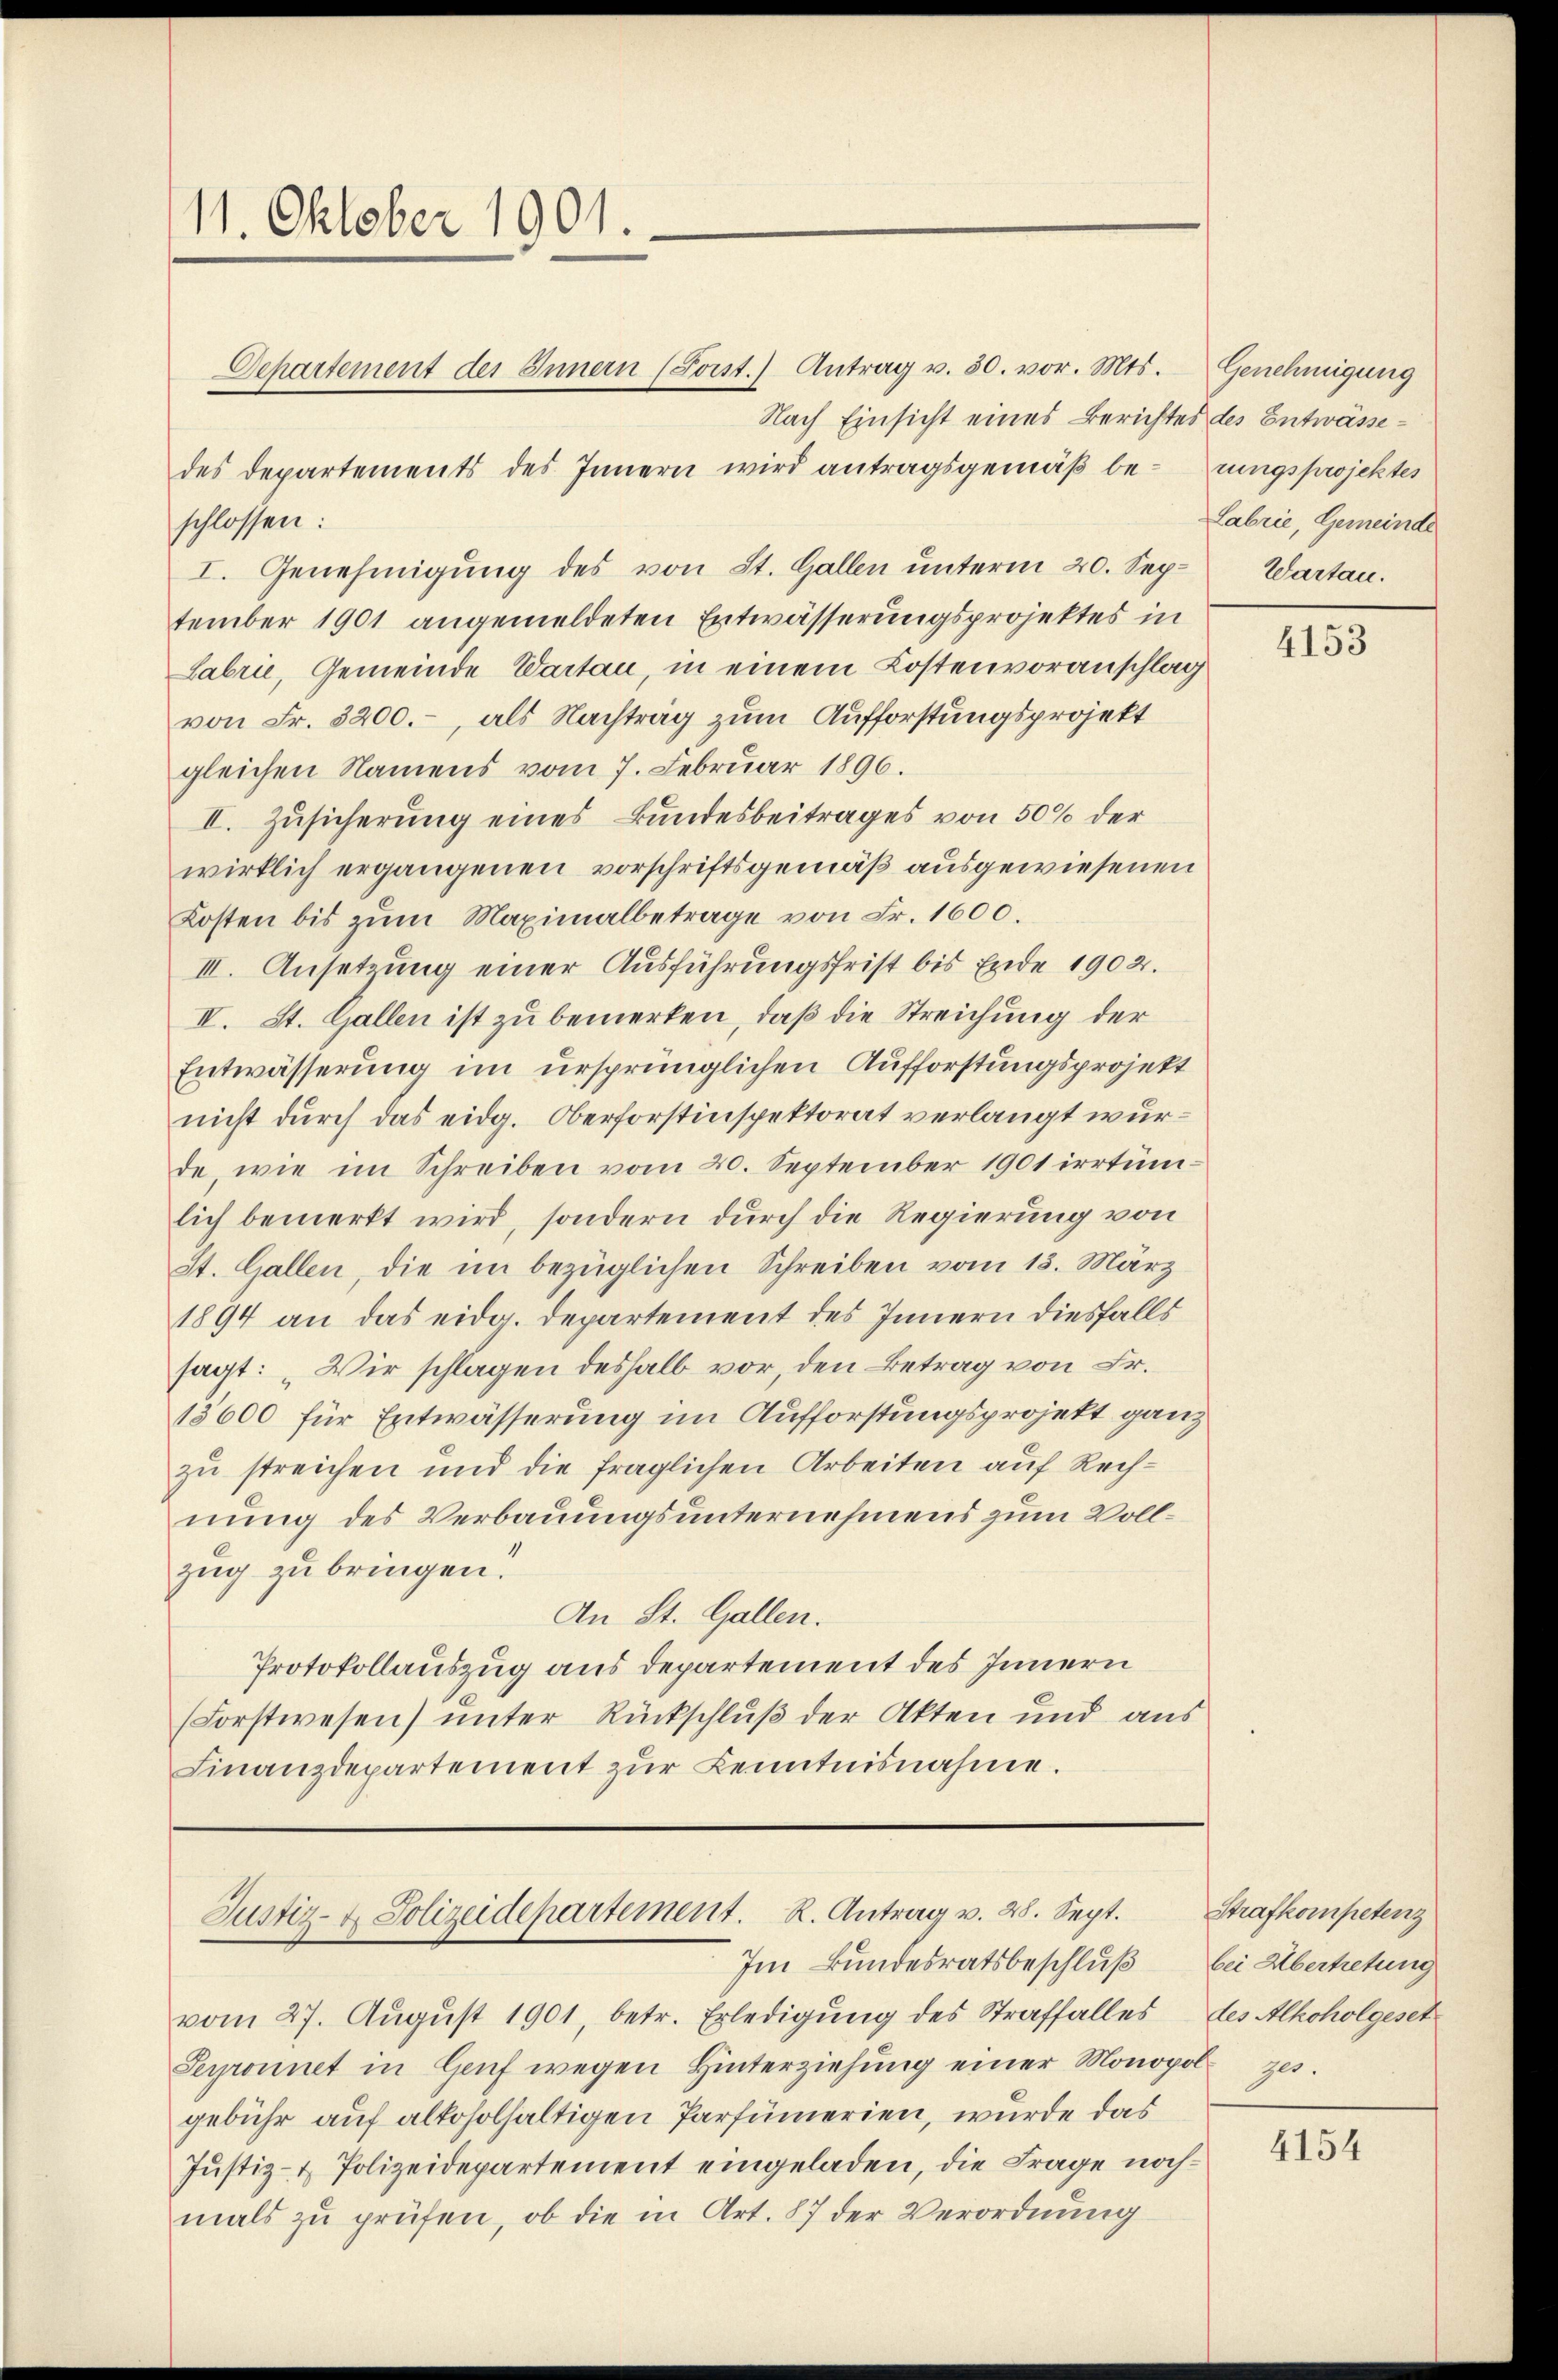
11. Oktober 1901.

Justiz- & Polizeidepartement. R. Antrag v. 28. Sept.
Im Bundesratsbeschluß bei Übertretung

Labrie, Gemeinde

vom 27. August 1901, betr. Erledigung des Straffalles
Serponnet in Genf wegen Hinterziehŭng einer Monopolzes.
gebühr auf alkoholhaltigen Parfümerien, wurde das
Jŭstiz- & Polizeidepartement eingeladen, die Frage nochmals zu prüfen, ob die in Art. 87 der Verordnung

Departement der Innern (Forst.) Antrag v. 30. vor. Mts. Genehmigung
Nach Einsicht eines Berichtes des Entwässedes Departements des Innern wird antragsgemäβ berungsprojektes
schlossen:
I. Genehmigung des von St. Gallen unterm 20. Sep. Wartan.
tember 1901 angemeldeten Entwässerungsprojektes in
Labrie, Gemeinde Vartau, in einem Kostenvoranschlag
von Fr. 3200.-, als Nachtrag zum Aufforstungsprojekt
gleichen Namens vom 7. Februar 1896.
II. Zusicherung eines Bundesbeitrages von 50% der
wirklich ergangenen vorschriftsgemäß ausgewiesenen
Kosten bis zŭm Maximalbetrage von Fr. 1600.
III. Ansetzung einer Ausführungsfrist bis Ende 1902.
II. St. Gallen ist zu bemerken, daß die Streichung der
Entwässerung im ursprünglichen Aufforstungsprojekt
nicht durch das eidg. Oberforstinspektorat verlangt wurde, wie im Schreiben vom 20. September 1901 irrtüm-
lich bemerkt wird, sondern durch die Regierung von
St. Gallen, die im bezüglichen Schreiben vom 15. März
1894 an das eidg. Departement des Innern diesfalls
sagt: „Wir schlagen deshalb vor, den Betrag von Fr.
18600 für Entwässerung im Aufforstungsprojekt ganz
zu streichen und die fraglichen Arbeiten auf Rechnung des Verbauungsunternehmens zum Vollzug zu bringen.
An St. Gallen.
Protokollauszug aus Departement des Innern
(Forstwesen) unter Rückschluß der Akten und aus
Finanzdepartement zŭr Kenntnisnahme.

4153

Strafkompetenz
des Alkoholgeset

4154